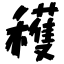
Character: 穫